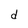
Character: d